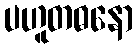
ပဟူတဓနော